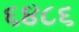
૬૪૮૬